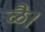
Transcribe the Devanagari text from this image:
ळै।